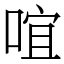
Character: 𠵌